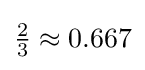
{\tfrac {2}{3}}\approx 0.667